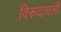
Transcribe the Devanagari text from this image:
विरूदावली